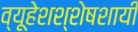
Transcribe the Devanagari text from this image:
व्यूहेशश्शेषशायी